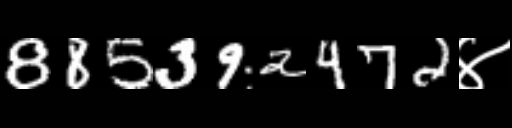
Text: 885392472४